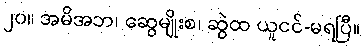
၂၀။ အမိအဘ၊ ဆွေမျိုးစ၊ ဆွဲထ ယူငင်-မရပြီ။